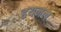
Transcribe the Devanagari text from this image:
हयनल